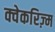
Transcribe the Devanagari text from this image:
क्वेकरिज़्म